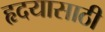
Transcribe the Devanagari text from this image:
हृदयासाठी